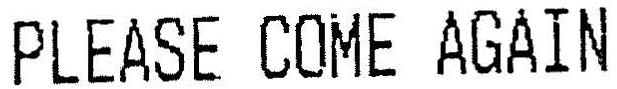
PLEASE COME AGAIN